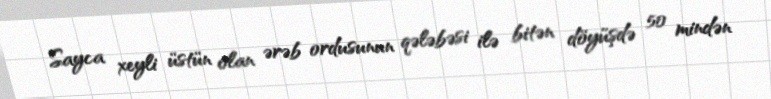
Sayca xeyli üstün olan ərəb ordusunun qələbəsi ilə bitən döyüşdə 50 mindən